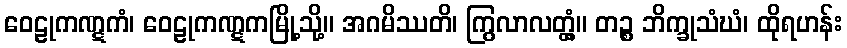
ဝေဠုကဏ္ဋကံ၊ ဝေဠုကဏ္ဋကမြို့သို့။ အဂမိဿတိ၊ ကြွလာလတ္တံ့။ တဉ္စ ဘိက္ခုသံဃံ၊ ထိုရဟန်း